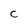
Character: C